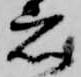
者